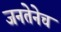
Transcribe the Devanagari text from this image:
जनतेनेच